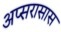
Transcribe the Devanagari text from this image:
अप्सरासास